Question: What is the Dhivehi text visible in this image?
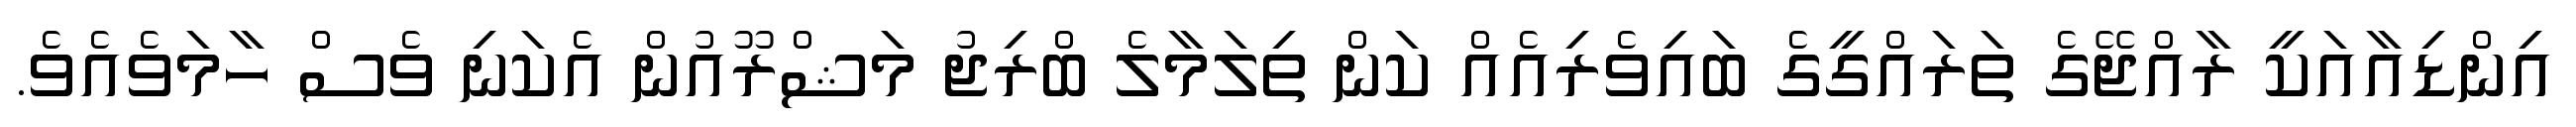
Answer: އިންޑިއާއަކީ ރާއްޖޭގެ ތަރައްގީގެ ބައިވެރިއެއް ކަން ތިލަމާލެ ބްރިޖު މަޝްރޫއުން އެކަނި ވެސް ހާމަވެއެވެ.